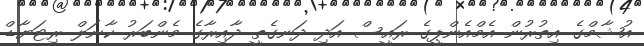
އުޝާމްގެ އިތުރުން އެމްއެންޕީގެ ރައީސް އަދި ދަނގެތީ ދާއިރާގެ މެންބަރު ކާނަލް ރިޓަޔާޑް